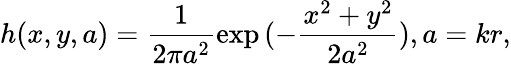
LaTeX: h(x,y,a)=\frac{1}{2\pi a^{2}}\exp{({-\frac{x^{2}+y^{2}}{2a^{2}}})},a=kr,